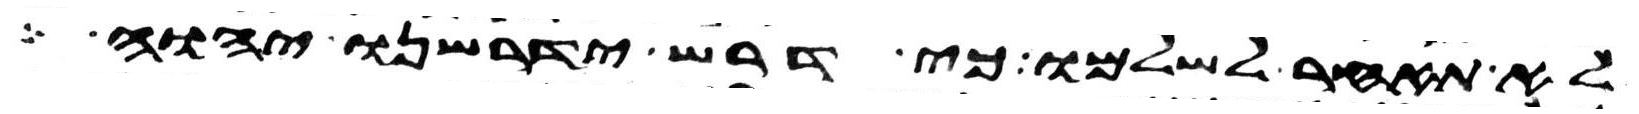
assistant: לא תאחר לשלמו כי דרש ידרשנו יהוה